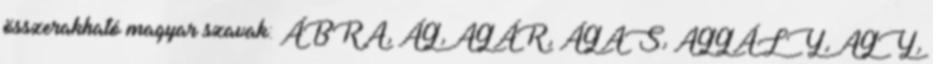
összerakható magyar szavak: ÁBRA, ÁG, AGÁR, ÁGAS, AGGÁLY, AGY,